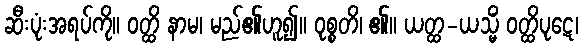
ဆီးပုံးအရပ်ကို။ ဝတ္ထိ နာမ၊ မည်၏ဟူ၍။ ဝုစ္စတိ၊ ၏။ ယတ္ထ-ယသ္မိံ ဝတ္ထိပုဋေ၊